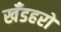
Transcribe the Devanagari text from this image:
खँडहरों